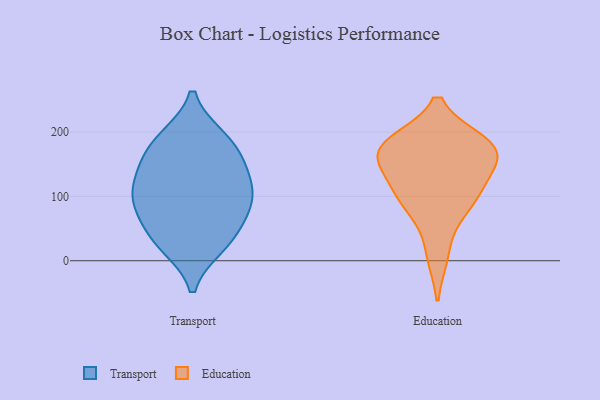
{"axis": {"x": "Shipments", "y": "Value"}, "legend": ["Education", "Transport"], "data": [{"x": "", "y": 24, "type": "Transport"}, {"x": "", "y": 38, "type": "Transport"}, {"x": "", "y": 138, "type": "Transport"}, {"x": "", "y": 108, "type": "Transport"}, {"x": "", "y": 82, "type": "Transport"}, {"x": "", "y": 189, "type": "Transport"}, {"x": "", "y": 114, "type": "Transport"}, {"x": "", "y": 146, "type": "Transport"}, {"x": "", "y": 171, "type": "Transport"}, {"x": "", "y": 80, "type": "Transport"}, {"x": "", "y": 30, "type": "Transport"}, {"x": "", "y": 190, "type": "Transport"}, {"x": "", "y": 90, "type": "Transport"}, {"x": "", "y": 182, "type": "Education"}, {"x": "", "y": 122, "type": "Education"}, {"x": "", "y": 170, "type": "Education"}, {"x": "", "y": 80, "type": "Education"}, {"x": "", "y": 177, "type": "Education"}, {"x": "", "y": 10, "type": "Education"}, {"x": "", "y": 170, "type": "Education"}, {"x": "", "y": 154, "type": "Education"}, {"x": "", "y": 93, "type": "Education"}, {"x": "", "y": 178, "type": "Education"}, {"x": "", "y": 107, "type": "Education"}]}